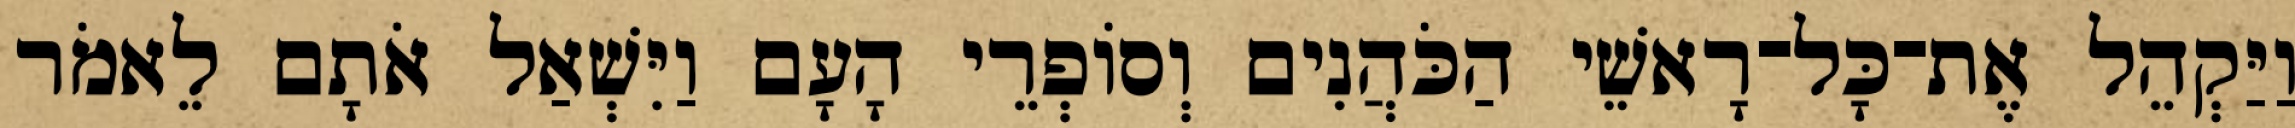
וַיַּקְהֵל אֶת־כָּל־רָאשֵׁי הַכֹּהֲנִים וְסוֹפְרֵי הָעָם וַיִּשְׁאַל אֹתָם לֵאמֹר